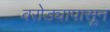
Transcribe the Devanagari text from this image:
वरोड्यापासून